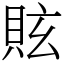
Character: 䝮